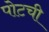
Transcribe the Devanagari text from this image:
पोटची